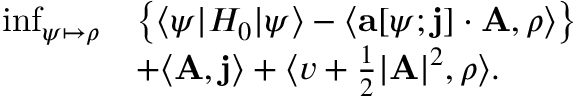
\begin{array} { r l } { \operatorname* { i n f } _ { \psi \mapsto \rho } } & { \left\{ \langle \psi | H _ { 0 } | \psi \rangle - \langle \mathbf { a } [ \psi ; \mathbf { j } ] \cdot \mathbf { A } , \rho \rangle \right\} } \\ & { + \langle \mathbf { A } , \mathbf { j } \rangle + \langle v + \frac 1 2 \vert \mathbf { A } \vert ^ { 2 } , \rho \rangle . } \end{array}